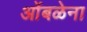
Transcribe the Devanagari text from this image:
ओंबळेना